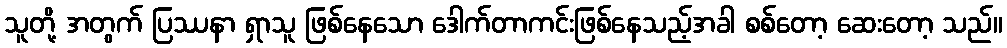
သူတို့ အတွက် ပြဿနာ ရှာသူ ဖြစ်နေသော ဒေါက်တာကင်းဖြစ်နေသည့်အခါ စစ်တော့ ဆေးတော့ သည်။